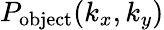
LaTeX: P_{\textrm{object}}(k_{x},k_{y})